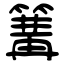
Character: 篝